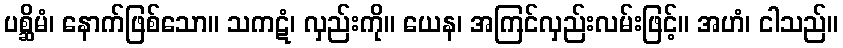
ပစ္ဆိမံ၊ နောက်ဖြစ်သော။ သကဋံ၊ လှည်းကို။ ယေန၊ အကြင်လှည်းလမ်းဖြင့်။ အဟံ၊ ငါသည်။